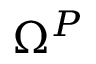
\Omega ^ { P }